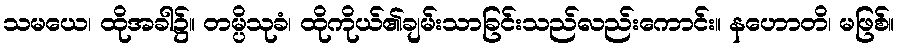
သမယေ၊ ထိုအခါ၌။ တမ္ပိသုခံ၊ ထိုကိုယ်၏ချမ်းသာခြင်းသည်လည်းကောင်း။ နဟောတိ၊ မဖြစ်။